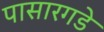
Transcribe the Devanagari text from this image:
पासारगडे